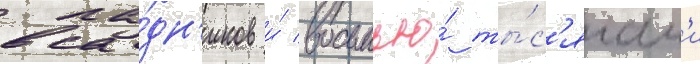
вса́дн'иков и́ восьмью́ ты́с'ячам'и